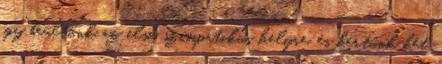
így beültünk az első szimpatikus helyre, és kértünk két